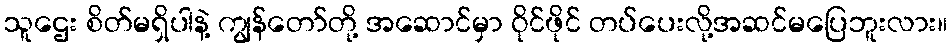
သူဌေး စိတ်မရှိပါနဲ့ ကျွန်တော်တို့ အဆောင်မှာ ဝိုင်ဖိုင် တပ်ပေးလို့အဆင်မပြေဘူးလား။